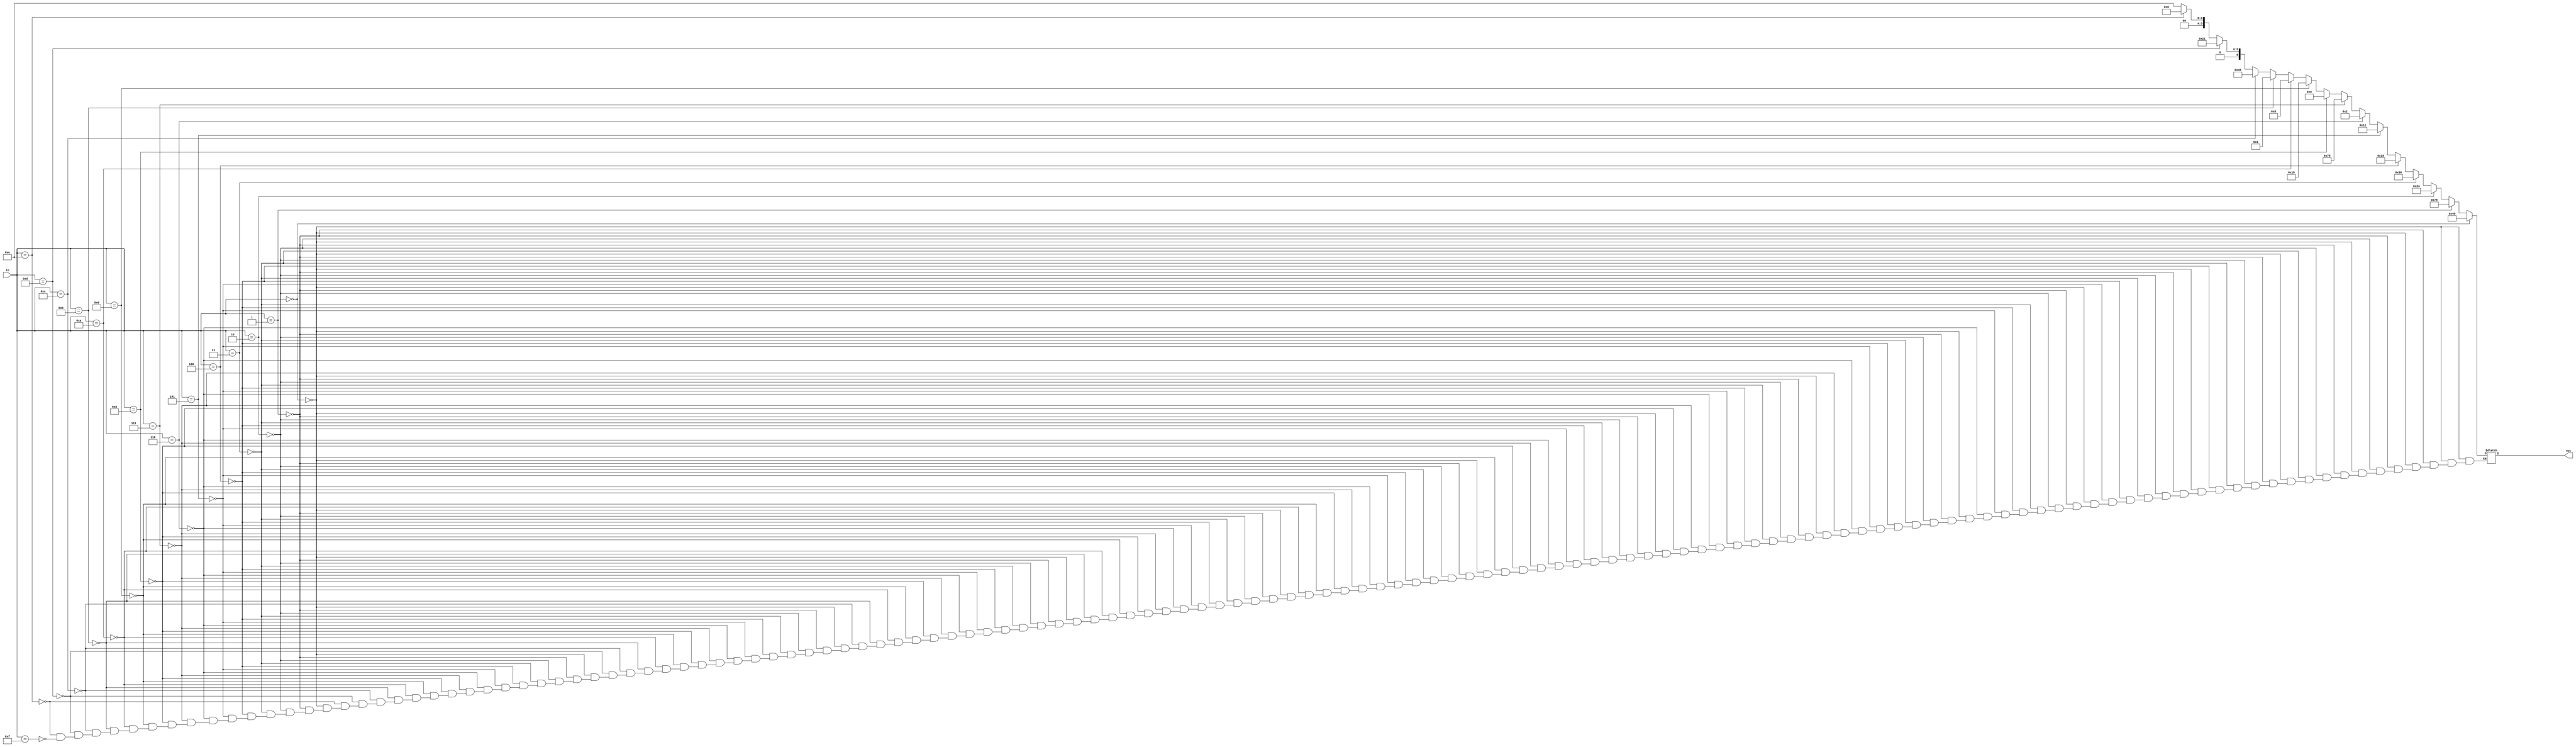
//file hexdigit.v

module hexdigit (
	input wire[3:0] in, 
	output reg[6:0] out);
	
	always @* begin
		//0
		if (in == 4'h0) begin
			out = 7'b1000000;
		//1	
		end else if (in == 4'h1) begin
			out = 7'b1111001;
		//2	
		end else if (in == 4'h2) begin
			out = 7'b0100100;
		//3
		end else if (in == 4'h3) begin
			out = 7'b0110000;
		//4
		end else if (in == 4'h4) begin
			out = 7'b0011001;
		//5
		end else if (in == 4'h5) begin
			out = 7'b0010010;
		//6
		end else if (in == 4'h6) begin
			out = 7'b0000010;
		//7
		end else if (in == 4'h7) begin
			out = 7'b1111000;
		//8
		end else if (in == 4'h8) begin
			out = 7'b0000000;
		//9
		end else if (in == 4'h9) begin
			out = 7'b0011000;
		//10
		end else if (in == 4'hA) begin
			out = 7'b0001000;
		//11
		end else if (in == 4'hB) begin
			out = 7'b0000011;
		//12
		end else if (in == 4'hC) begin
			out = 7'b1000110;
		//13
		end else if (in == 4'hD) begin
			out = 7'b0100001;
		//14
		end else if (in == 4'hE) begin
			out = 7'b0000110;
		//15
		end else if (in == 4'hF) begin
			out = 7'b0001110;
		end
	end
	
endmodule